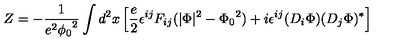
Z = - \frac { 1 } { e ^ { 2 } { \phi _ { 0 } } ^ { 2 } } \int d ^ { 2 } x \left[ \frac { e } { 2 } \epsilon ^ { i j } F _ { i j } ( \vert \Phi \vert ^ { 2 } - { \Phi _ { 0 } } ^ { 2 } ) + i \epsilon ^ { i j } ( D _ { i } \Phi ) ( D _ { j } \Phi ) ^ { * } \right]